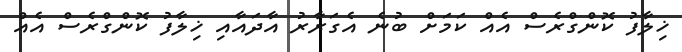
ޚިލާފު ކޮންގްރެސް އެއް ކަމަށް ބުނެ އެގަރާރު އާދައާއި ޚިލާފު ކޮންގްރެސް އެއް